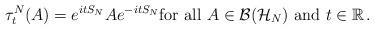
LaTeX: \begin{align*}\tau_t^N(A) = e^{itS_N} A e^{-itS_N} \mbox{for all } A \in \mathcal{B}( \mathcal{H}_N) \mbox{ and } t \in \mathbb{R} \, .\end{align*}